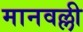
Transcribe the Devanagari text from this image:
मानवल्ली